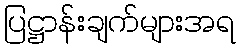
ပြဋ္ဌာန်းချက်များအရ